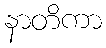
နာတိကာ